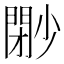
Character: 𡮩